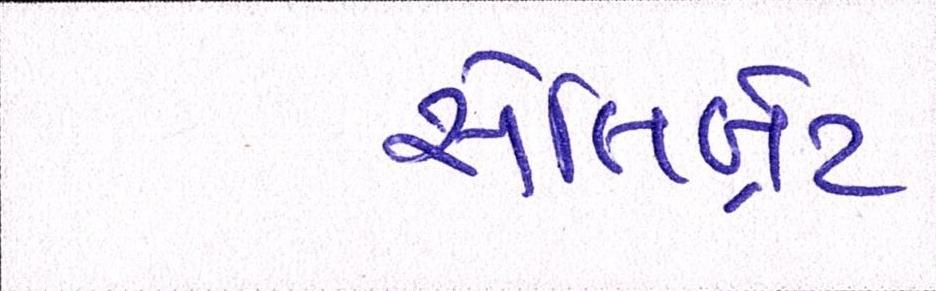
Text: સેલિબ્રેટ